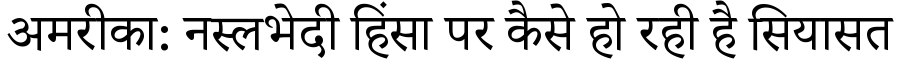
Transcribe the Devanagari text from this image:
अमरीका: नस्लभेदी हिंसा पर कैसे हो रही है सियासत